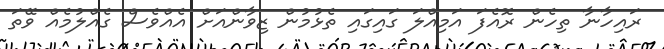
ރައިހާނާ ތިހެން ރޮއެފަ އަމިއްލަ ގައިގައި ތެޅުމުން ޒިވާންއަށް އެއްވެސް ގެއްލުމެއް ވޭތަ